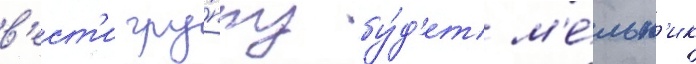
в'ест'и гру́ппу бу́д'ет м'е́льн'ик